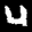
Label: 4